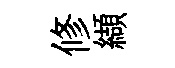
修纈